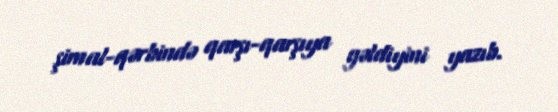
şimal-qərbində qarşı-qarşıya gəldiyini yazıb.